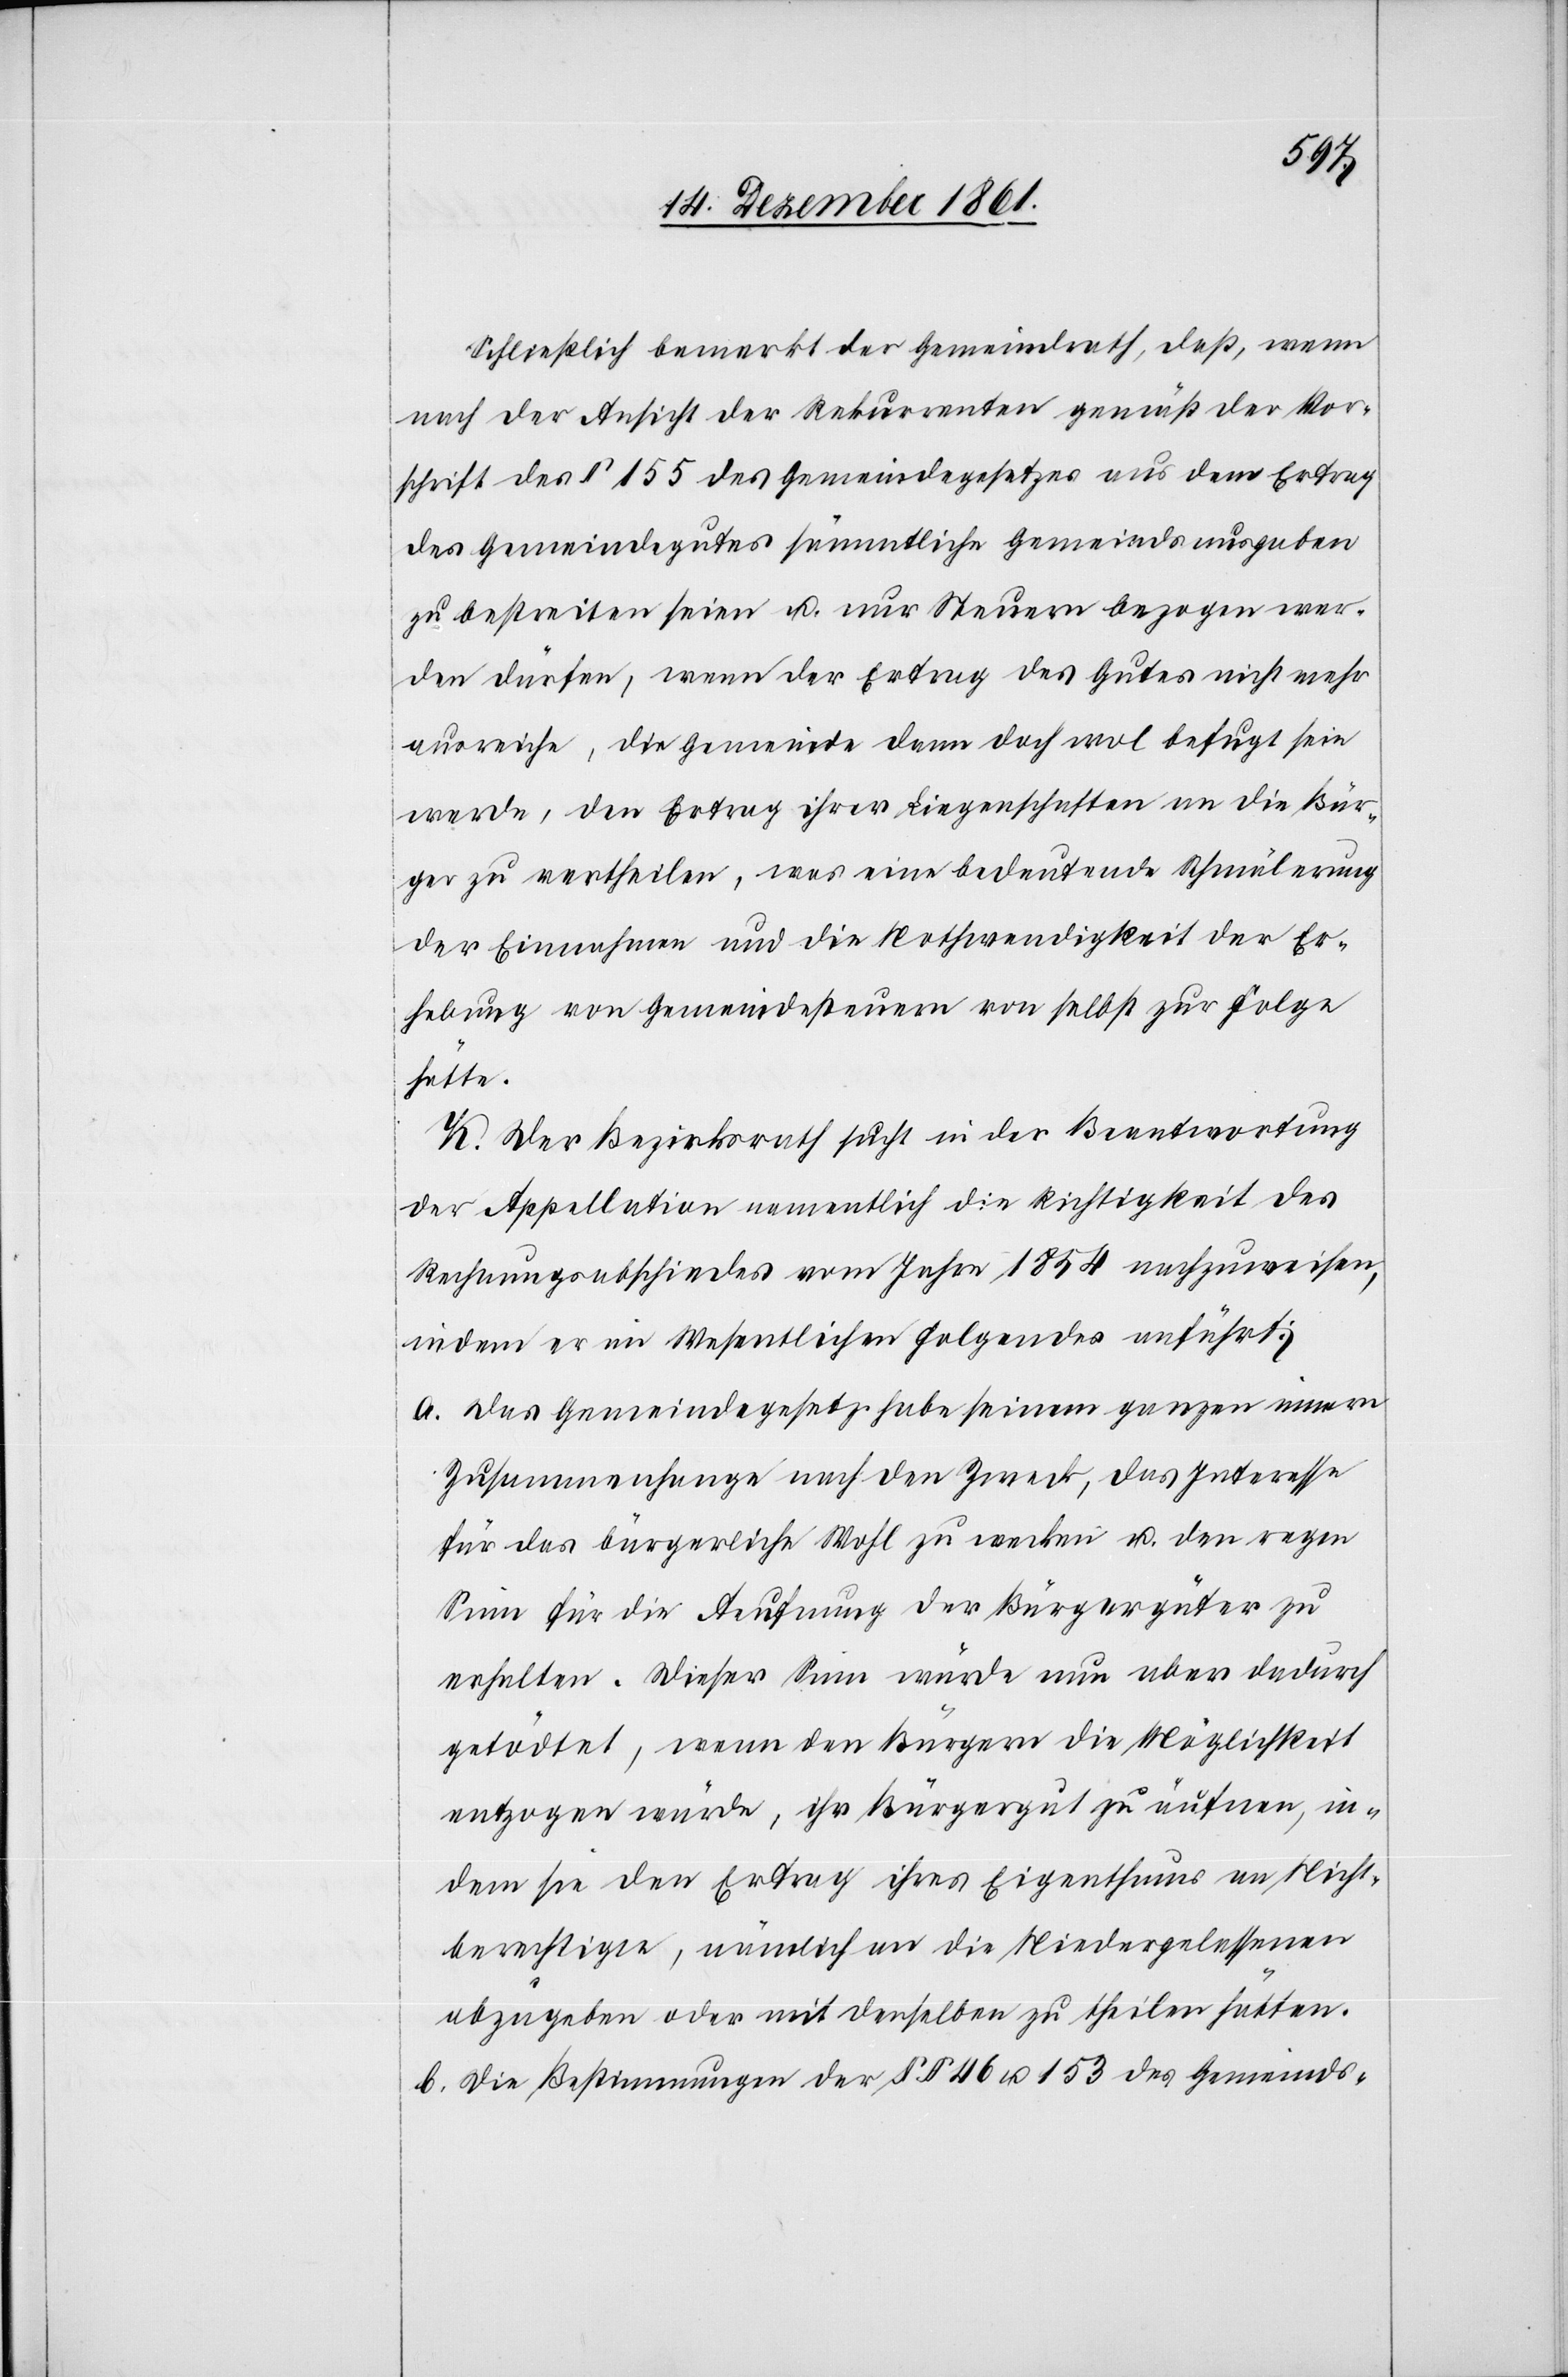
Schließlich bemerkt der Gemeindrath, daß, wenn
nach der Ansicht der Rekurrenten gemäß der Vor¬
schrift des § 155 des Gemeindegesetzes aus dem Ertrag
des Gemeindgutes sämmtliche Gemeindsausgaben
zu bestreiten seien u. nur Steuern bezogen wer¬
den dürfen, wenn der Ertrag des Gutes nicht mehr
ausreiche, die Gemeinde dann doch wol befugt sein
werde, den Ertrag ihrer Liegenschaften an die Bür¬
ger zu vertheilen, was eine bedeutende Schmälerung
der Einnahme und die Nothwendigkeit der Er¬
hebung von Gemeindesteuern von selbst zur Folge
hätte.
K. Der Bezirksrath sucht in der Beantwortung
der Appellation namentlich die Richtigkeit des
Rechnungsabschiedes vom Jahre 1854 nachzuweisen,
indem er im Wesentlichen folgendes anführt:
a. Das Gemeindegesetz habe seinem ganzen innern
Zusammenhange nach den Zweck, das Interesse
für das bürgerliche Wohl zu wecken u. den regen
Sinn für die Aeuffnung der Bürgergüter zu
erhalten. Dieser Sinn würde nun aber dadurch
getödtet, wenn den Bürgern die Möglichkeit
entzogen würde, ihr Bürgergut zu äufnen, in¬
dem sei den Ertrag ihres Eigenthums an Nicht¬
berechtigte, nämlich an die Niedergelassenen
abzugeben oder mit denselben zu theilen hätten.
b. Die Bestimmungen der §§ 46 u. 153 des Gemeinds-